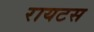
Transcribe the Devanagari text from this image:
रायटस